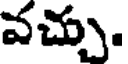
వచ్చు.